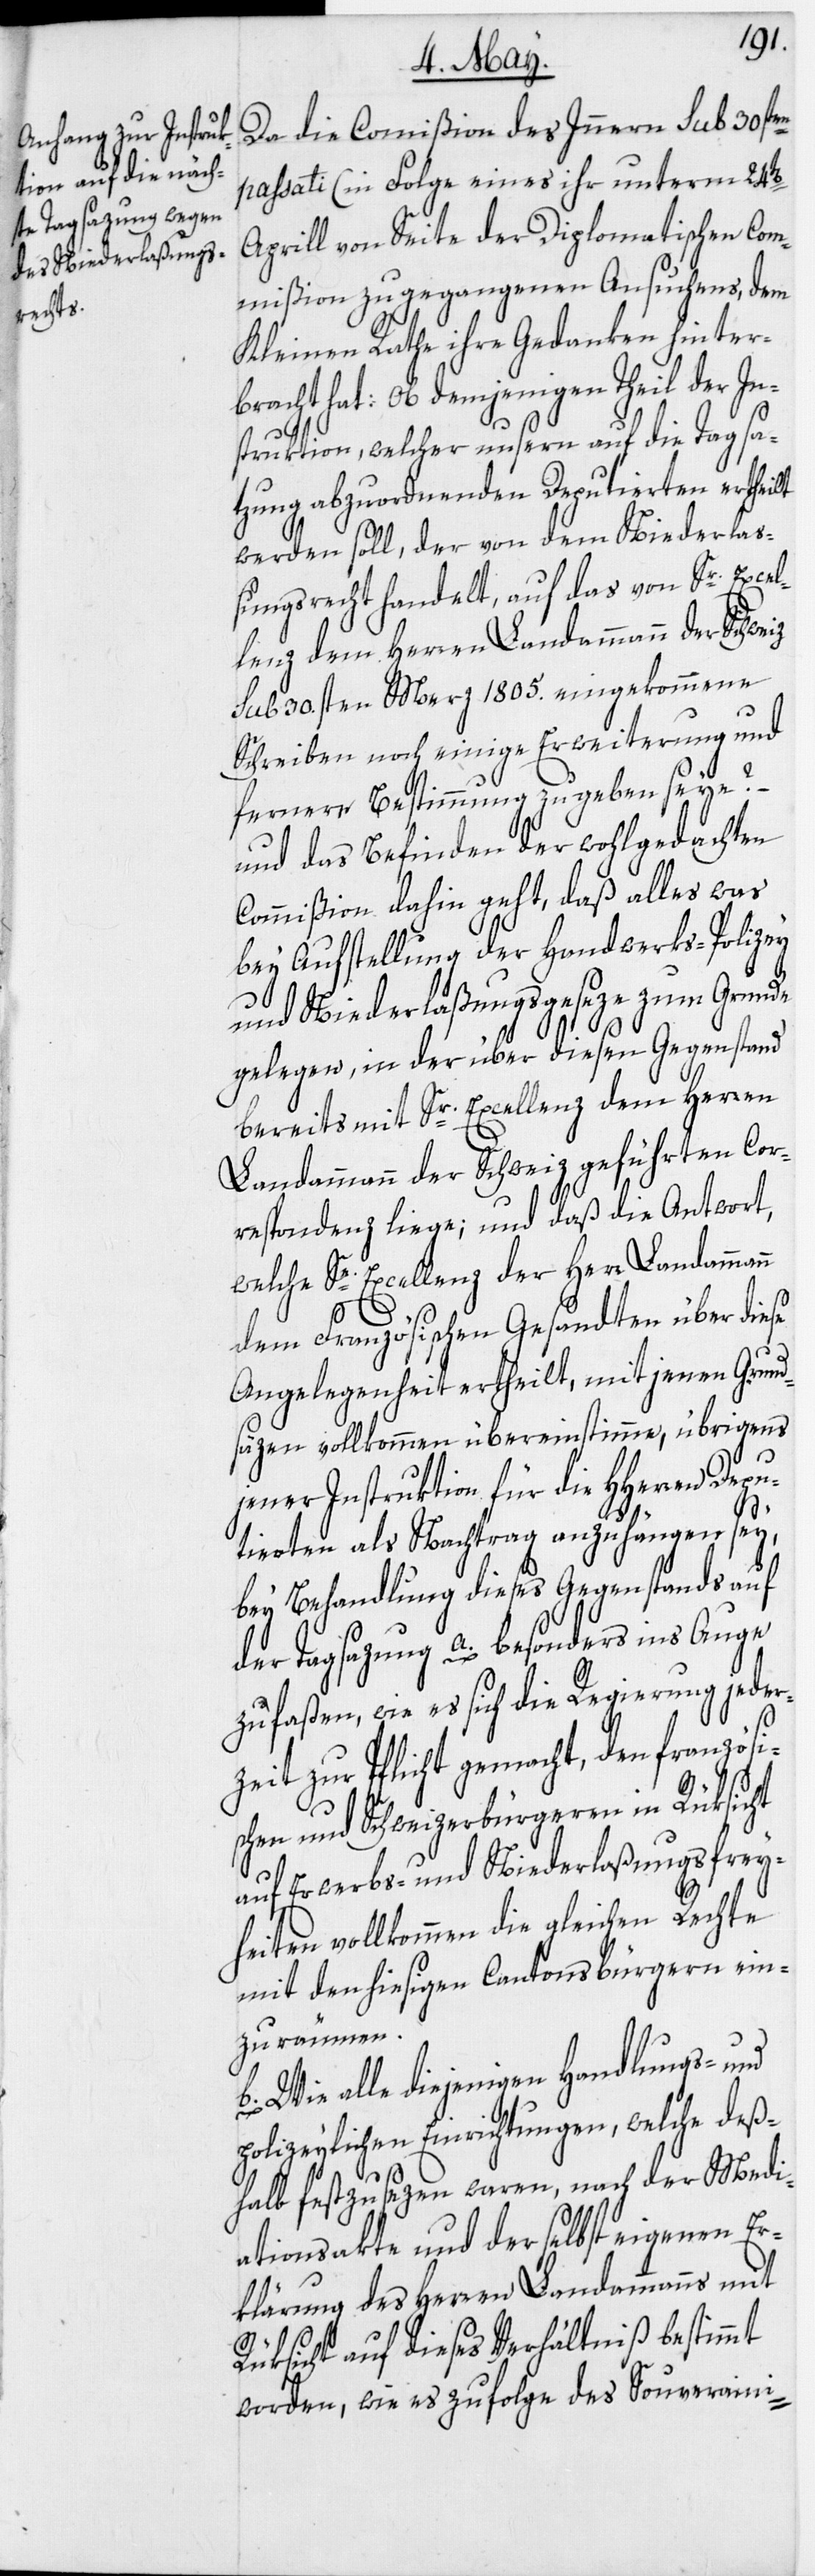
Da die Commißion des Innern sub 30sten
passati (in Folge eines ihr unterm 24t[e¬
Aprill von Seite der Diplomatischen Com¬
mißion zugegangenen Ansuchens[)],
Kleinen Rathe ihre Gedanken hinter¬
bracht hat: Ob demjenigen Theil der In¬
struktion, welcher unsern auf die Tagsa¬
zung abzuordnenden Deputierten ertheilt
werden soll, der von dem Niederlaß¬
ungsrecht handelt, auf das von Sr. Excel¬
lenz dem Herren Landammann der Schweiz
sub 30.sten Merz 1805. eingekommene
Schreiben noch einige Erweiterung und
fernere Bestimmung zu geben seye?
und das Befinden der wohlgedachten
Commißion dahin geht, daß alles was
bey Aufstellung der Handwerks-Polizey
und Niederlaßungsgeseze zum Grunde
gelegen, in der über diesen Gegenstand
bereits mit Sr. Excellenz dem Herren
n
Landammann der Schweiz geführten Cor¬
respondenz liege; und daß die Antwort,
welche Se. Excellenz der Herr Landamman¬
pu¬
dem Französischen Gesandten über diese
Angelegenheit ertheilt, mit jenen Grund¬
säzen vollkommen übereinstimme, übrigens
jener Instruktion für die HHerren De¬
tierten als Nachtrag anzuhängen sey,
bey Behandlung dieses Gegenstands auf
der Tagsazung a. besonders ins Auge
zu faßen, wie es sich die Regierung jeder¬
zeit zur Pflicht gemacht, den französis¬
chen und Schweizerbürgeren in Rüksicht
auf Erwerbs- und Niederlaßungsfrey¬
heiten vollkommen die gleichen Rechte
mit den hiesigen Cantonsbürgern ein¬
zuräumen.
b. Wie alle diejenigen Handlungs- und
polizeylichen Einrichtungen, welche deß¬
halb feszusezen waren, nach der Medi¬
ationsakte und der selbst eigenen Er¬
klärung des Herren Landammanns mit
Rüksicht auf dieses Verhältniß bestimmt
worden, wie es zufolge des Souveraini-